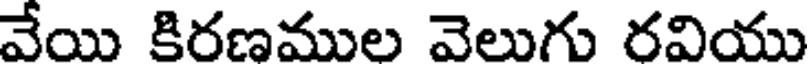
వేయి కిరణముల వెలుగు రవియు